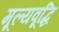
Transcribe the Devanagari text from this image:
मूल्यवूद्धि